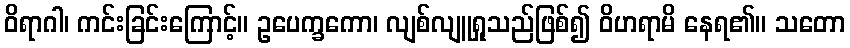
ဝိရာဂါ၊ ကင်းခြင်းကြောင့်။ ဥပေက္ခကော၊ လျစ်လျူရှုသည်ဖြစ်၍ ဝိဟရာမိ နေရ၏။ သတော